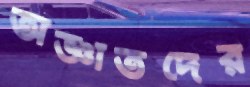
অজ্ঞাতদের